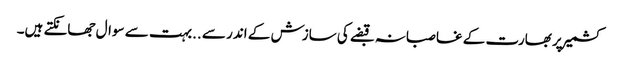
کشمیر پر بھارت کے غاصبانہ قبضے کی سازش کے اندر سے ..بہت سے سوال جھانکتے ہیں۔